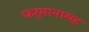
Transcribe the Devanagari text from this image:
फर्मानासह